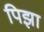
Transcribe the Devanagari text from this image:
पिझा